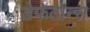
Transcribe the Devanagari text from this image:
डेफटोन्स